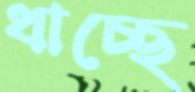
ধাচ্ছে